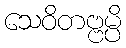
သေဝိတဗ္ဗမ္ပိ